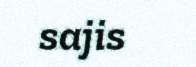
sajis